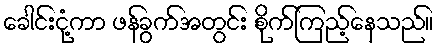
ခေါင်းငုံ့ကာ ဖန်ခွက်အတွင်း စိုက်ကြည့်နေသည်။